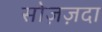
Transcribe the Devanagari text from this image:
सोज़ज़दा